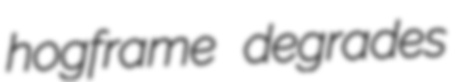
hogframe degrades